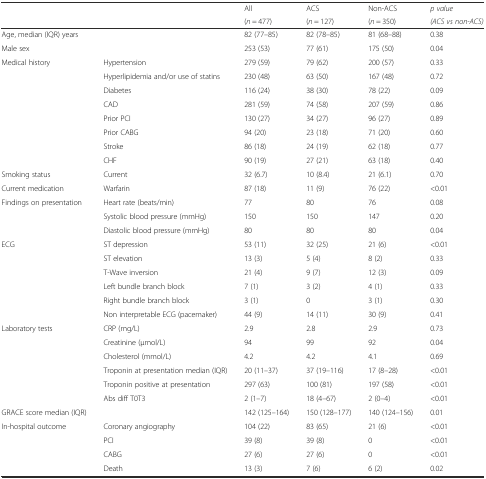
<table><thead><tr><td>[EMPTY_CELL]</td><td>[EMPTY_CELL]</td><td><b>All</b></td><td><b>ACS</b></td><td><b>Non-ACS</b></td><td><b><i>p value</i></b></td></tr><tr><td>[EMPTY_CELL]</td><td>[EMPTY_CELL]</td><td><b>(<i>n</i> = 477)</b></td><td><b>(<i>n</i> = 127)</b></td><td><b>(<i>n</i> = 350)</b></td><td><b><i>(ACS vs non-ACS)</i></b></td></tr></thead><tbody><tr><td>Age, median (IQR) years</td><td>[EMPTY_CELL]</td><td>82 (77–85)</td><td>82 (78–85)</td><td>81 (68–88)</td><td>0.38</td></tr><tr><td>Male sex</td><td>[EMPTY_CELL]</td><td>253 (53)</td><td>77 (61)</td><td>175 (50)</td><td>0.04</td></tr><tr><td>Medical history</td><td>Hypertension</td><td>279 (59)</td><td>79 (62)</td><td>200 (57)</td><td>0.33</td></tr><tr><td>[EMPTY_CELL]</td><td>Hyperlipidemia and/or use of statins</td><td>230 (48)</td><td>63 (50)</td><td>167 (48)</td><td>0.72</td></tr><tr><td>[EMPTY_CELL]</td><td>Diabetes</td><td>116 (24)</td><td>38 (30)</td><td>78 (22)</td><td>0.09</td></tr><tr><td>[EMPTY_CELL]</td><td>CAD</td><td>281 (59)</td><td>74 (58)</td><td>207 (59)</td><td>0.86</td></tr><tr><td>[EMPTY_CELL]</td><td>Prior PCI</td><td>130 (27)</td><td>34 (27)</td><td>96 (27)</td><td>0.89</td></tr><tr><td>[EMPTY_CELL]</td><td>Prior CABG</td><td>94 (20)</td><td>23 (18)</td><td>71 (20)</td><td>0.60</td></tr><tr><td>[EMPTY_CELL]</td><td>Stroke</td><td>86 (18)</td><td>24 (19)</td><td>62 (18)</td><td>0.77</td></tr><tr><td>[EMPTY_CELL]</td><td>CHF</td><td>90 (19)</td><td>27 (21)</td><td>63 (18)</td><td>0.40</td></tr><tr><td>Smoking status</td><td>Current</td><td>32 (6.7)</td><td>10 (8.4)</td><td>21 (6.1)</td><td>0.70</td></tr><tr><td>Current medication</td><td>Warfarin</td><td>87 (18)</td><td>11 (9)</td><td>76 (22)</td><td>&lt;0.01</td></tr><tr><td>Findings on presentation</td><td>Heart rate (beats/min)</td><td>77</td><td>80</td><td>76</td><td>0.08</td></tr><tr><td>[EMPTY_CELL]</td><td>Systolic blood pressure (mmHg)</td><td>150</td><td>150</td><td>147</td><td>0.20</td></tr><tr><td>[EMPTY_CELL]</td><td>Diastolic blood pressure (mmHg)</td><td>80</td><td>80</td><td>80</td><td>0.04</td></tr><tr><td>ECG</td><td>ST depression</td><td>53 (11)</td><td>32 (25)</td><td>21 (6)</td><td>&lt;0.01</td></tr><tr><td>[EMPTY_CELL]</td><td>ST elevation</td><td>13 (3)</td><td>5 (4)</td><td>8 (2)</td><td>0.33</td></tr><tr><td>[EMPTY_CELL]</td><td>T-Wave inversion</td><td>21 (4)</td><td>9 (7)</td><td>12 (3)</td><td>0.09</td></tr><tr><td>[EMPTY_CELL]</td><td>Left bundle branch block</td><td>7 (1)</td><td>3 (2)</td><td>4 (1)</td><td>0.33</td></tr><tr><td>[EMPTY_CELL]</td><td>Right bundle branch block</td><td>3 (1)</td><td>0</td><td>3 (1)</td><td>0.30</td></tr><tr><td>[EMPTY_CELL]</td><td>Non interpretable ECG (pacemaker)</td><td>44 (9)</td><td>14 (11)</td><td>30 (9)</td><td>0.41</td></tr><tr><td>Laboratory tests</td><td>CRP (mg/L)</td><td>2.9</td><td>2.8</td><td>2.9</td><td>0.73</td></tr><tr><td>[EMPTY_CELL]</td><td>Creatinine (μmol/L)</td><td>94</td><td>99</td><td>92</td><td>0.04</td></tr><tr><td>[EMPTY_CELL]</td><td>Cholesterol (mmol/L)</td><td>4.2</td><td>4.2</td><td>4.1</td><td>0.69</td></tr><tr><td>[EMPTY_CELL]</td><td>Troponin at presentation median (IQR)</td><td>20 (11–37)</td><td>37 (19–116)</td><td>17 (8–28)</td><td>&lt;0.01</td></tr><tr><td>[EMPTY_CELL]</td><td>Troponin positive at presentation</td><td>297 (63)</td><td>100 (81)</td><td>197 (58)</td><td>&lt;0.01</td></tr><tr><td>[EMPTY_CELL]</td><td>Abs diff T0T3</td><td>2 (1–7)</td><td>18 (4–67)</td><td>2 (0–4)</td><td>&lt;0.01</td></tr><tr><td>GRACE score median (IQR)</td><td>[EMPTY_CELL]</td><td>142 (125–164)</td><td>150 (128–177)</td><td>140 (124–156)</td><td>0.01</td></tr><tr><td>In-hospital outcome</td><td>Coronary angiography</td><td>104 (22)</td><td>83 (65)</td><td>21 (6)</td><td>&lt;0.01</td></tr><tr><td>[EMPTY_CELL]</td><td>PCI</td><td>39 (8)</td><td>39 (8)</td><td>0</td><td>&lt;0.01</td></tr><tr><td>[EMPTY_CELL]</td><td>CABG</td><td>27 (6)</td><td>27 (6)</td><td>0</td><td>&lt;0.01</td></tr><tr><td>[EMPTY_CELL]</td><td>Death</td><td>13 (3)</td><td>7 (6)</td><td>6 (2)</td><td>0.02</td></tr></tbody></table>